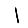
Digit: 1